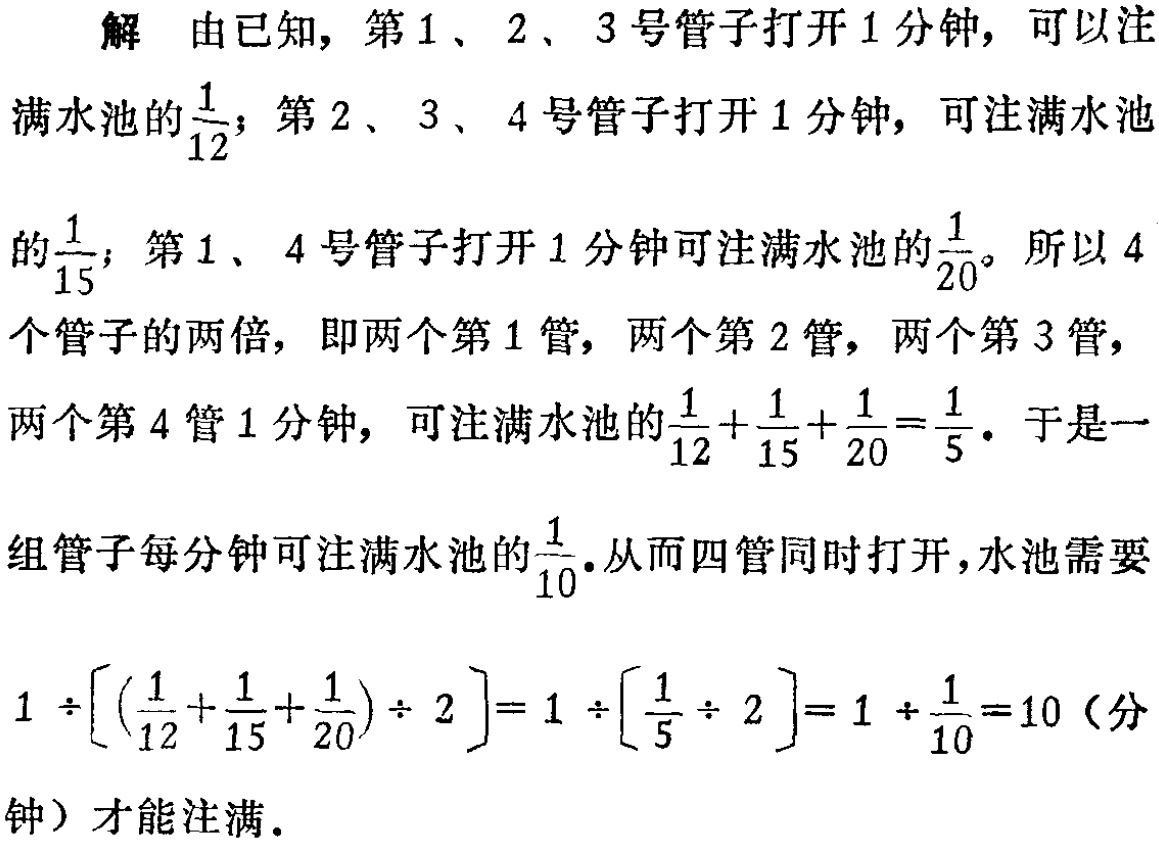
解 由已知，第1、2、3号管子打开1分钟，可以注满水池的$\frac{1}{12}$；第2、3、4号管子打开1分钟，可注满水池的$\frac{1}{15}$；第1、4号管子打开1分钟可注满水池的$\frac{1}{20}$。所以4个管子的两倍，即两个第1管，两个第2管，两个第3管，两个第4管1分钟，可注满水池的$\frac{1}{12}+\frac{1}{15}+\frac{1}{20}=\frac{1}{5}$。于是一组管子每分钟可注满水池的$\frac{1}{10}$。从而四管同时打开，水池需要

\[

1\div\left[\left(\frac{1}{12}+\frac{1}{15}+\frac{1}{20}\right)\div2\right]=1\div\left[\frac{1}{5}\div2\right]=1\div\frac{1}{10}=10 \text{（分}钟）

\]

才能注满。